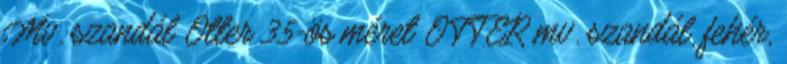
Mv. szandál Otter 35-ös méret OTTER mv. szandál, fehér,